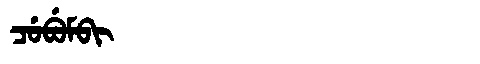
Manchu: ᠴᡠᠪᡠᠮᠪᡳ
Romanization: CUBUMBI